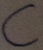
Text: C